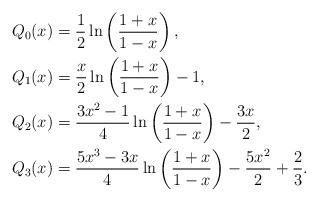
LaTeX: \begin{align*}Q_0(x)&=\dfrac{1}{2}\ln\left(\dfrac{1+x}{1-x}\right), \\Q_1(x)&=\dfrac{x}{2}\ln\left(\dfrac{1+x}{1-x}\right)-1, \\Q_2(x)&=\dfrac{3x^2-1}{4}\ln\left(\dfrac{1+x}{1-x}\right)-\dfrac{3x}{2},\\Q_3(x)&=\dfrac{5x^3-3x}{4}\ln\left(\dfrac{1+x}{1-x}\right)-\dfrac{5x^2}{2}+\dfrac{2}{3}.\end{align*}